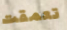
تعمقت